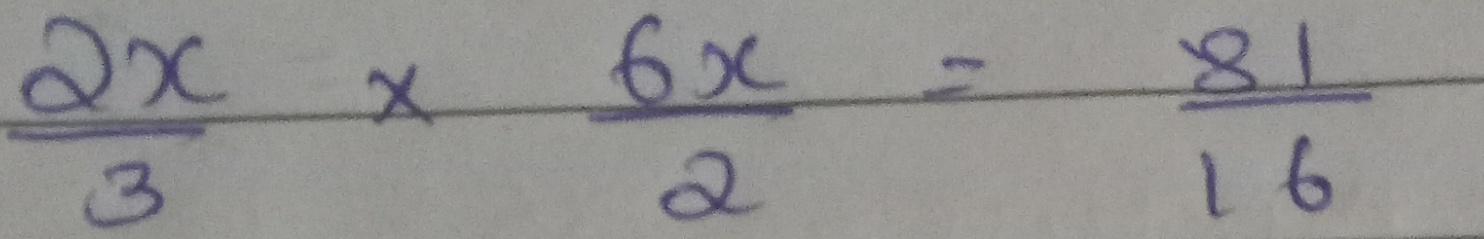
\[
\frac{2x}{3}\times\frac{6x}{2}=\frac{81}{16}
\]